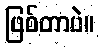
ဖြစ်တာပဲ။